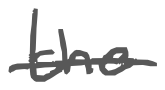
Text: the
Cross-out: single-line
Writing tool: digital_gray